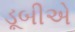
ડૂબીએ